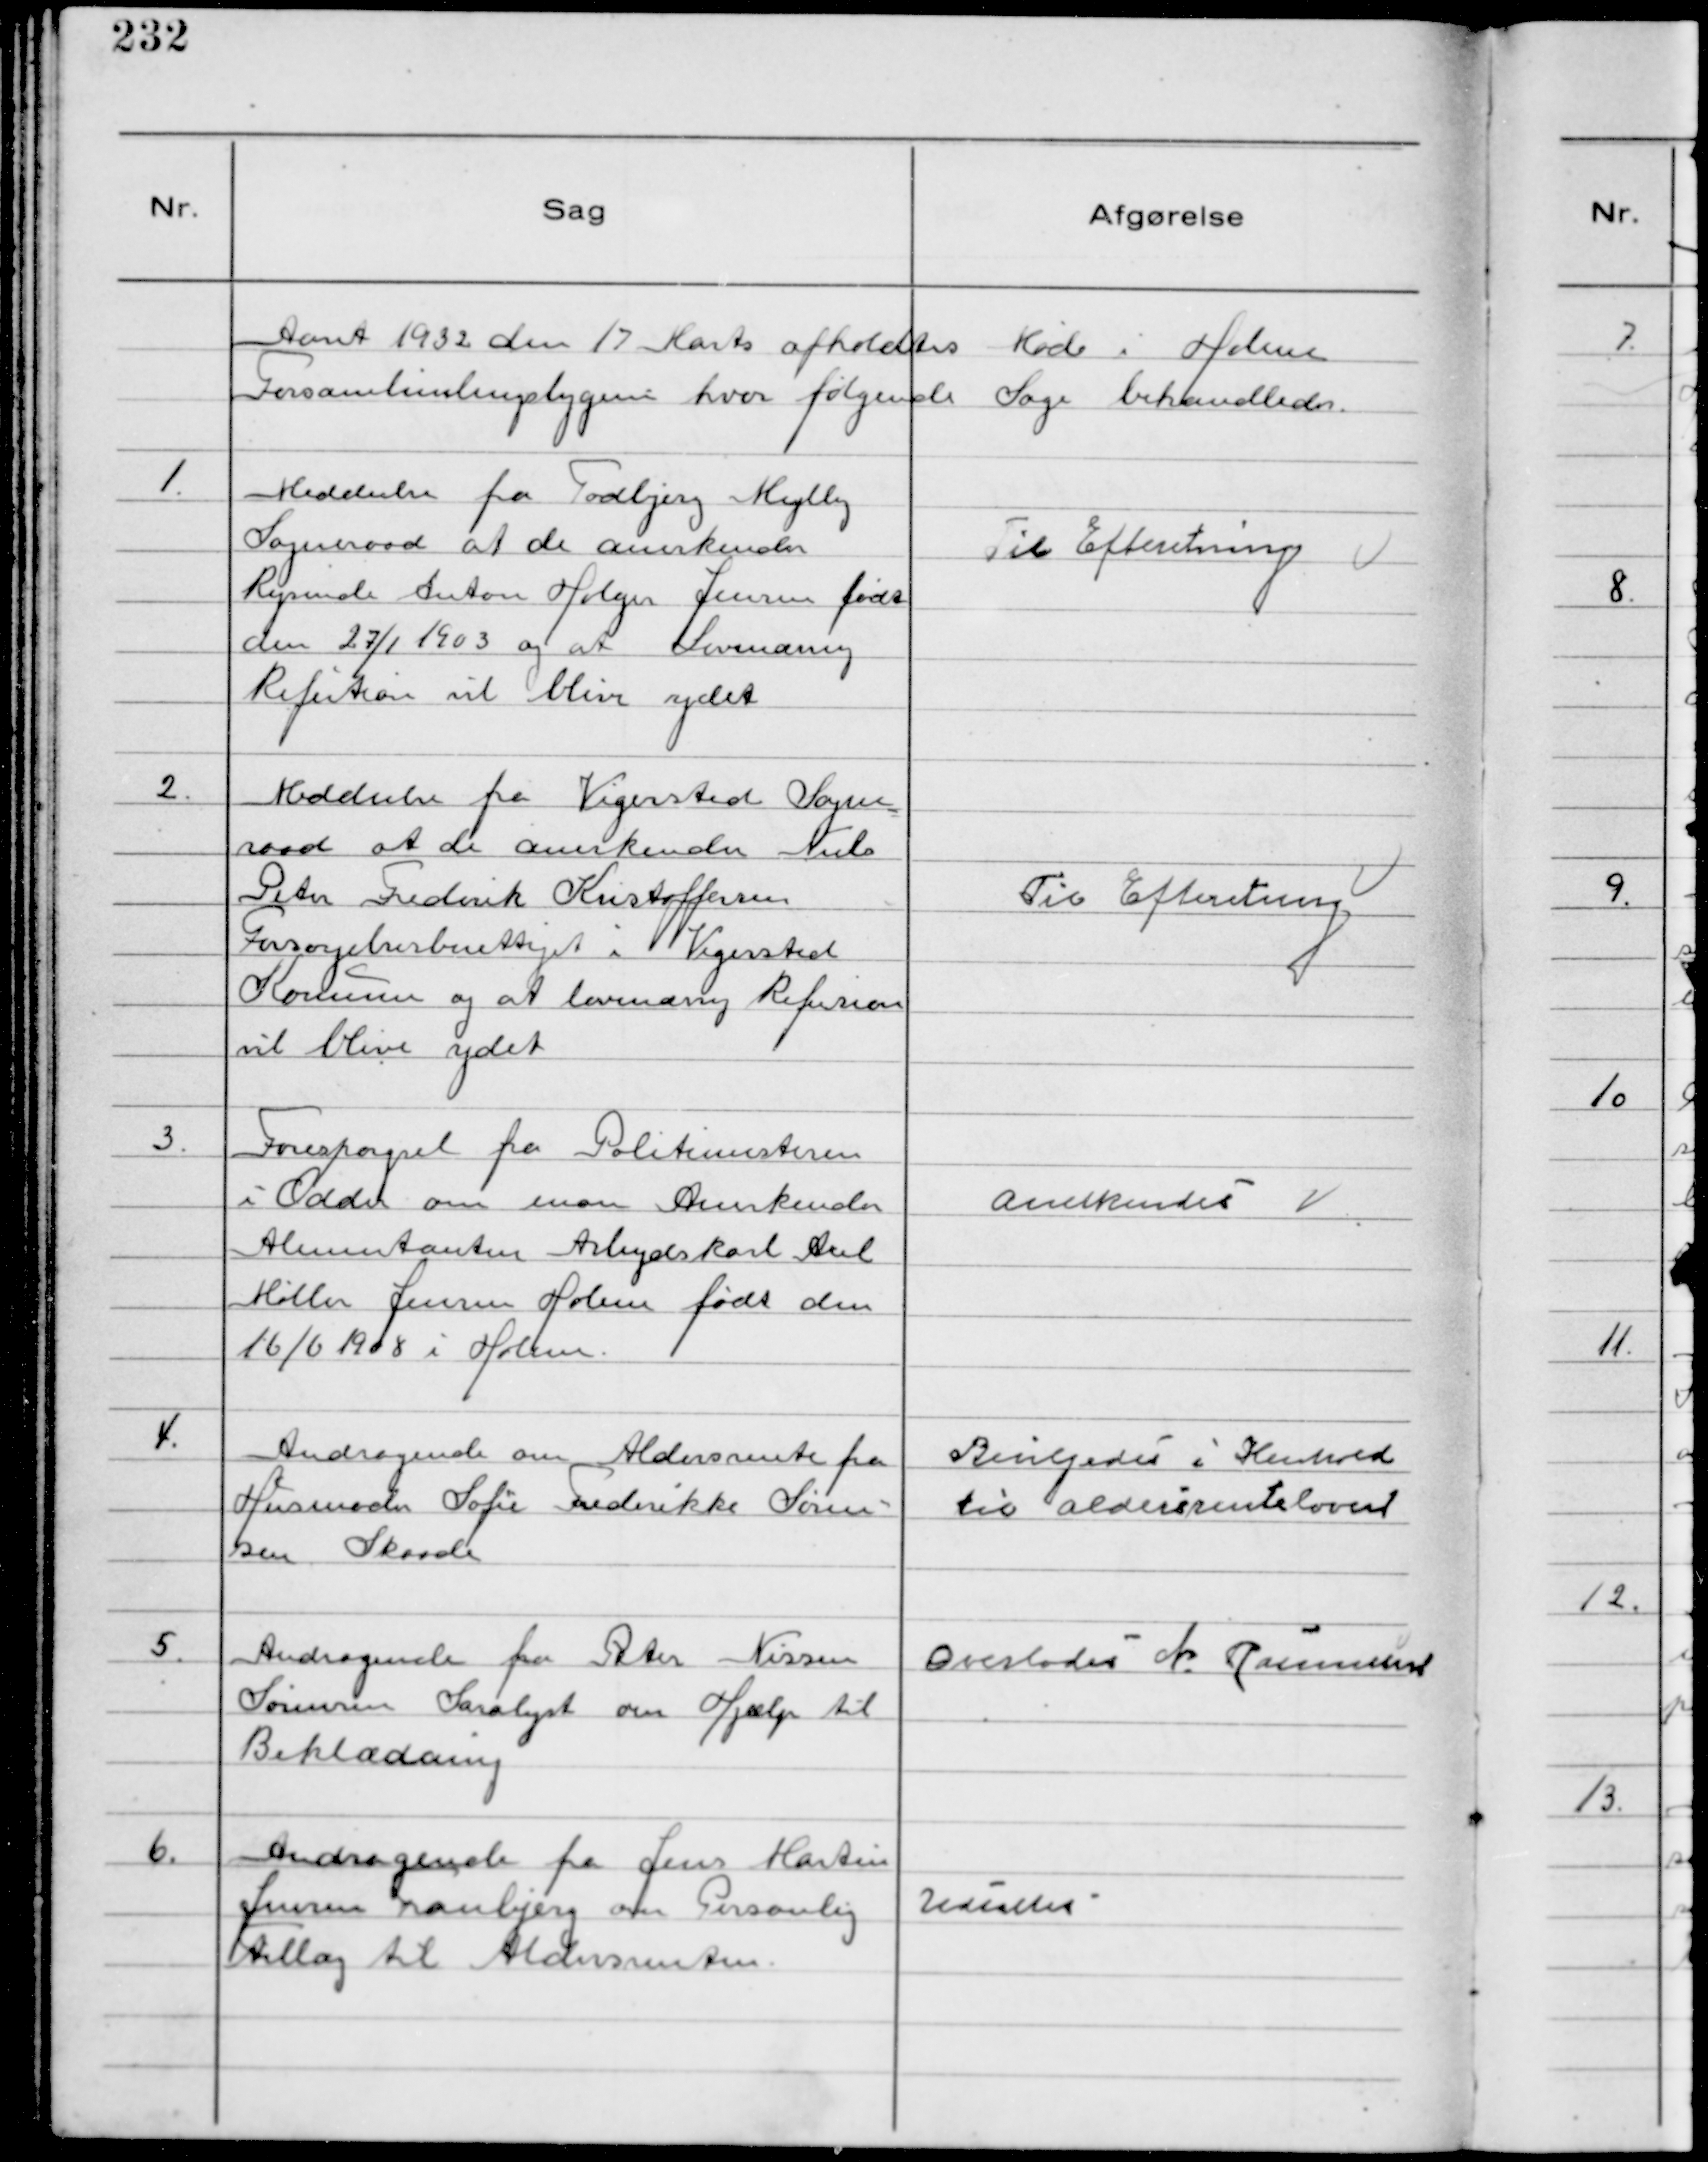
Transskription:
Aaret 1932 den 17 Marts afholdtes Møde i Holme
Forsamlingsbygnin hvor følgende Sage behandledes.

1.
Meddeelse fra Todbjerg Mejlby
Sogneraad at de anerkender
Rejsende Anton Holger Jensen født
den 27/1 1903 og at Lovmæssig
Refution vil blive ydet

Til Efteretning

2.
Meddeelse fra Vigersted Sogne
raad at de anerkender Niels
Peter Frederik Kristoffersen
Forsørgelsesberettiget i Vigersted
Kommune og at lovmæssig Refusion
vil blive ydet

Til Efteretning

3.
Forespørgsel fra Politimesteren
i Odder om man Anerkender
Alimentanten Arbejdskarl Axel
Møller Jensen Holme født den
16/6 1908 i Holme.

anerkendes

4.
Andragende om Aldersrente fra
Husmoder Sofie Frederikke Søren-
sen Skaade

Bevilgedes i Henhold
til aldersrenteloven

5.
Andragende fra Peter Nissen
Sørensen Saralyst om Hjælp til
Beklædning

Overlodes N. Rasmussen

6.
Andragende fra Jens Martin
Jensen Tranbjerg om Personlig
Tillæg til Aldersrenten.

Udsattes